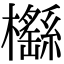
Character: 櫾